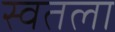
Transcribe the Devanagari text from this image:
स्वतला